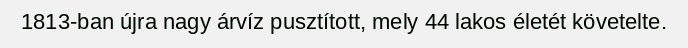
1813-ban újra nagy árvíz pusztított, mely 44 lakos életét követelte.